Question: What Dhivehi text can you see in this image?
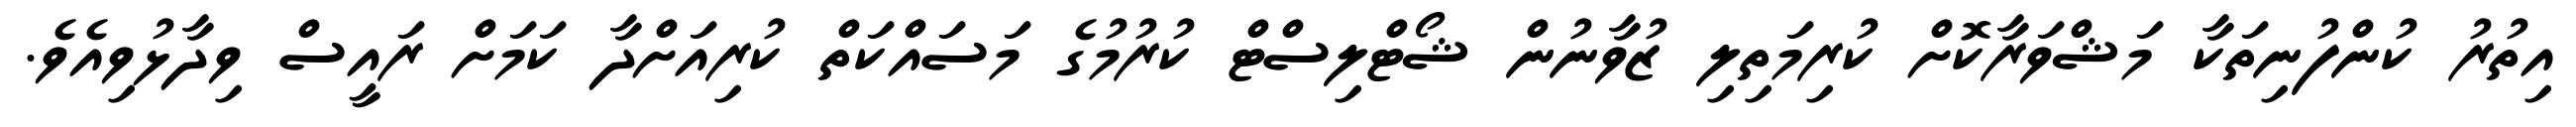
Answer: އިތުރު ކުންފުނިތަކާ މަޝްވަރާކޮށް ކުރިމަތިލި ޒުވާނުން ޝޯޓްލިސްޓް ކުރުމުގެ މަސައްކަތް ކުރިއަށްދާ ކަމަށް ރައީސް ވިދާޅުވިއެވެ.